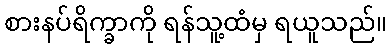
စားနပ်ရိက္ခာကို ရန်သူ့ထံမှ ရယူသည်။